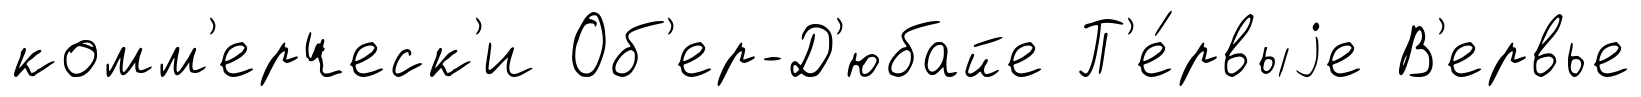
комм'ерческ'и Об'ер-Д'юбайе П'е́рвыjе В'ервье